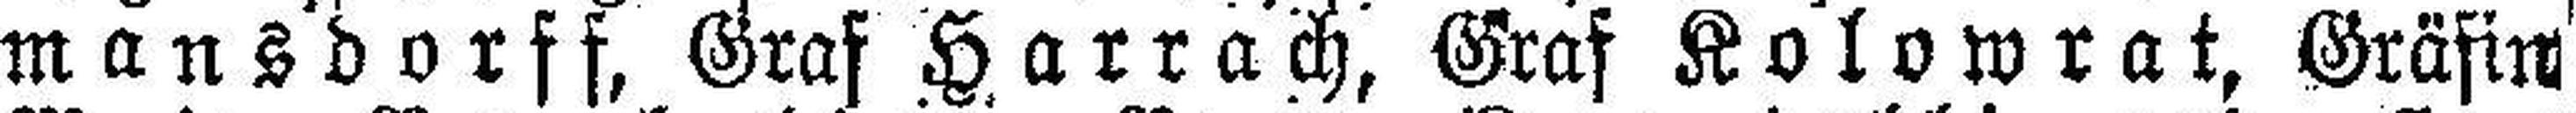
mansdorff, Graf Harrach, Graf Kolowrat, Gräfin